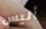
أليس